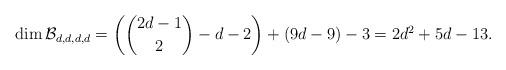
LaTeX: \begin{align*} \dim {\mathcal B}_{d,d,d,d}= \left ( \binom{2d-1}{2}-d-2 \right )+(9d-9)-3= 2d^2+5d-13. \end{align*}